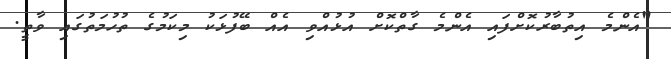
"އެންމެ އިތުބާރުކޮށްފައި އެންމެ ގާތްކޮށް އުޅުއްވި އެއް ބޭފުޅަކު މިކަމުގެ ތުހުމަތުގައި ވާތީ.